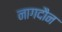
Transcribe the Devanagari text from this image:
नागदौन